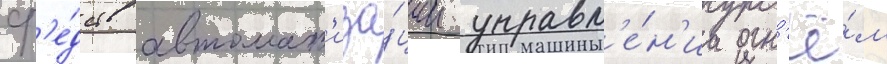
ср'е́дств автомат'иза́ции управл'е́н'иа огн'ё́м